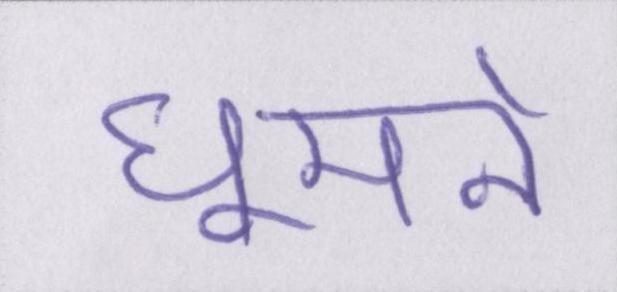
घूमने